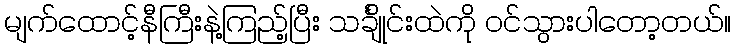
မျက်ထောင့်နီကြီးနဲ့ကြည့်ပြီး သင်္ချိုင်းထဲကို ဝင်သွားပါတော့တယ်။